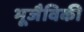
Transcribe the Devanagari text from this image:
भूजैविकी